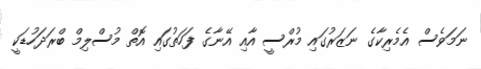
ނަމަވެސް އެމެރިކާގެ ނަޒަރުގައި މުރްސީ އާއި އޭނާގެ ފަހަތުގައި އޮތް މުސްލިމް ބްރަދަހުޑަކީ